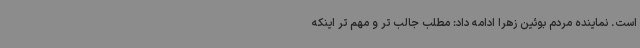
است. نماینده مردم بوئین زهرا ادامه داد: مطلب جالب تر و مهم تر اینکه